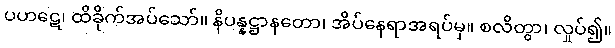
ပဟဋေ၊ ထိခိုက်အပ်သော်။ နိပန္နဋ္ဌာနတော၊ အိပ်နေရာအရပ်မှ။ စလိတွာ၊ လှုပ်၍။